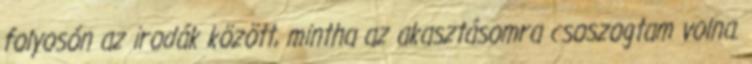
folyosón az irodák között, mintha az akasztásomra csoszogtam volna.